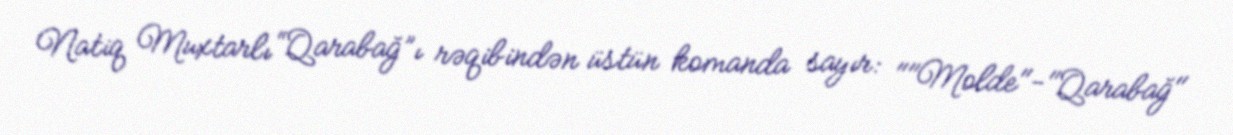
Natiq Muxtarlı “Qarabağ”ı rəqibindən üstün komanda sayır: ""Molde"-"Qarabağ"